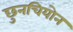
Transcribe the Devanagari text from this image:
छुनचियोन